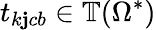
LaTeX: t_{k\mathbf{j}cb}\in\mathbb{{T}}(\Omega^{*})